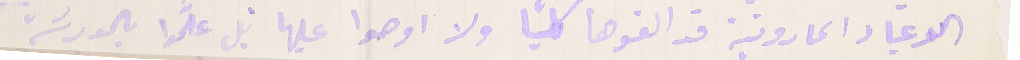
الاعياد المارونية قد الغوها كليًا ولا اجو عليها بل علموا بالمدرسَة